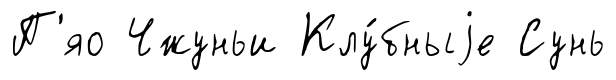
П'яо Чжуньи Клу́бныjе Сунь